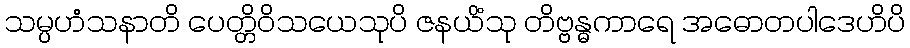
သမ္ပဟံသနာတိ ပေတ္တိဝိသယေသုပိ ဇနယိံသု တိဗ္ဗန္ဓကာရေ အဓောတပါဒေဟိပိ